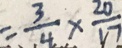
= \frac { 3 } { 4 } \times \frac { 2 0 } { 1 7 }